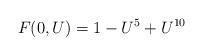
LaTeX: \begin{align*} F(0,U) = 1 - U^5 + U^{10}\end{align*}